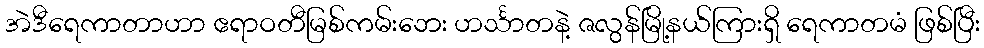
အဲဒီရေကာတာဟာ ဧရာဝတီမြစ်ကမ်းဘေး ဟင်္သာတနဲ့ ဇလွန်မြို့နယ်ကြားရှိ ရေကာတမံ ဖြစ်ပြီး